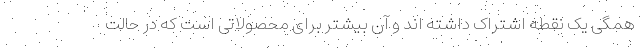
همگی یک نقطه اشتراک داشته اند و آن بیشتر برای محصولاتی است که در حالت